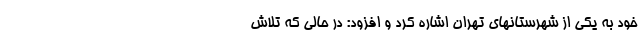
خود به یکی از شهرستانهای تهران اشاره کرد و افزود: در حالی که تلاش